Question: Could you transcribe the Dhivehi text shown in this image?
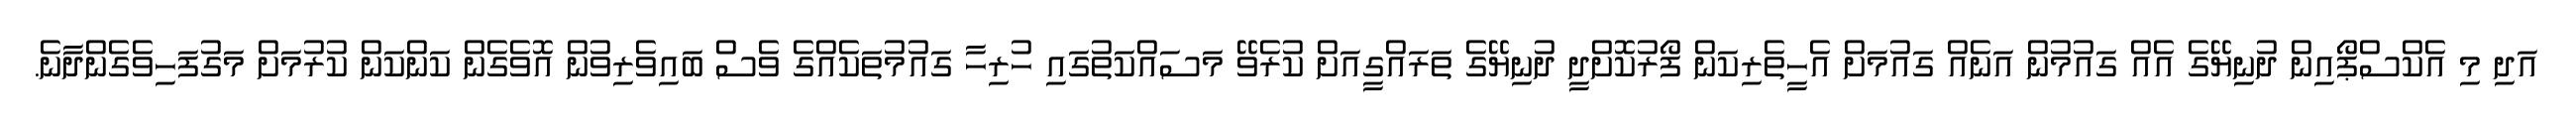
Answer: އަދި މި އެކްސްޕޯއިން ދުނިޔޭގެ އެއް ގައުމުން އަނެއް ގައުމަށް އެހީތެރިކަން ފޯރުކޮށްދީ ދުނިޔޭގެ ތަރައްގީއަށް ކުރެވޭ މަސައްކަތުގައި ހުރިހާ ގައުމުތަކެއްގެ ވެސް ބައިވެރިވުން އޮވެގެން ކަންކަން ކުރުމަށް މަގުފަހިވެގެންދާނެ.